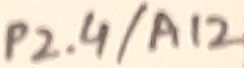
Text: P2.4/A12